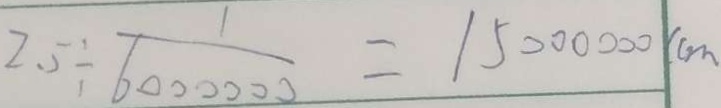
2 . 5 \div \frac { 1 } { 6 0 0 0 0 0 0 } = 1 5 0 0 0 0 0 0 ( c m